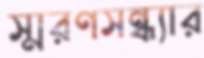
স্মরণসন্ধ্যার